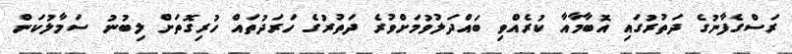
ރަސްގެފާނުގެ ދަތުރުގައި އޮބާމާއާ ކުރެއްވި ބައްދަލުވުމަށްވުރެ ދަތުރުގެ ހަރަދުތައް ހުރިގޮތަށް ލިބުނު ސަމާލުކަން